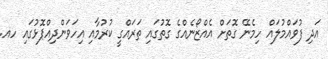
އަދި ފުވައްމުލައް ހިމެނޭ ގޮތަށް އެއްޒޯނެއްގެ ގޮތުގައި ތަރައްގީ ކުރުމާއި އިހަވަންދިއްޕޮޅުގައި ހއ.